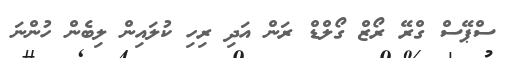
ސްޕޭސް ގްރޭ ރޯޒް ގޯލްޑް ރަން އަދި ރިހި ކުލައިން ލިބެން ހުންނަ